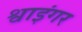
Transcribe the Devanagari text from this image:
श्वाइंगर